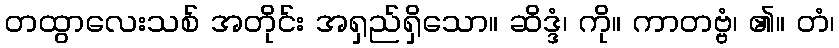
တထွာလေးသစ် အတိုင်း အရှည်ရှိသော။ ဆိဒ္ဒံ၊ ကို။ ကာတဗ္ဗံ၊ ၏။ တံ၊